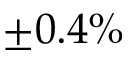
\pm 0 . 4 \%